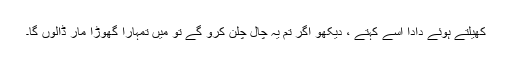
کھیلتے ہوئے دادا اسے کہتے ، دیکھو اگر تم یہ چال چلن کرو گے تو میں تمہارا گھوڑا مار ڈالوں گا۔